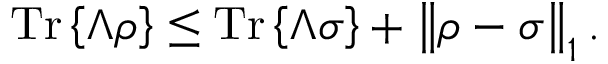
{ \mathrm { T r } } \left\{ \Lambda \rho \right\} \leq { \mathrm { T r } } \left\{ \Lambda \sigma \right\} + \left\Vert \rho - \sigma \right\Vert _ { 1 } .